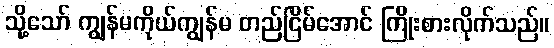
သို့သော် ကျွန်မကိုယ်ကျွန်မ တည်ငြိမ်အောင် ကြိုးစားလိုက်သည်။